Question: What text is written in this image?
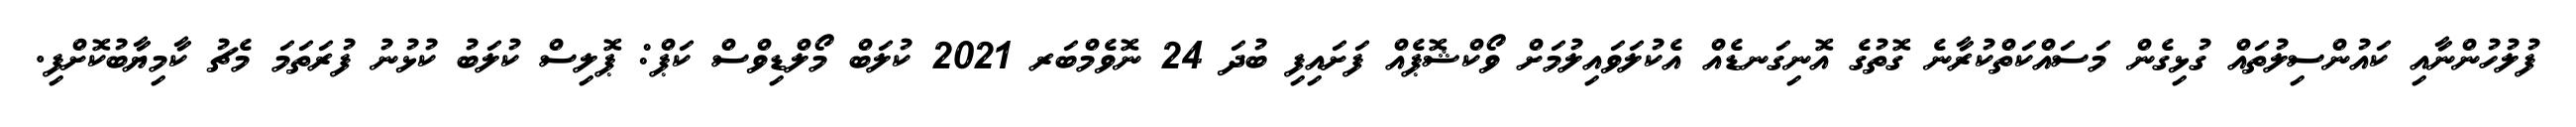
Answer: ފުލުހުންނާއި ކައުންސިލުތައް ގުޅިގެން މަސައްކަތްކުރާނެ ގޮތުގެ އޮނިގަނޑެއް އެކުލަވައިލުމަށް ވޯކްޝޮޕެއް ފަށައިފި ބުދަ 24 ނޮވެމްބަރ 2021 ކުލަބް މޯލްޑިވްސް ކަޕް: ޕޮލިސް ކުލަބު ކުޅުނު ފުރަތަމަ މެޗު ކާމިޔާބުކޮށްފި.